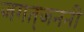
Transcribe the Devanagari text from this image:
जगत्‌जननी